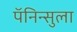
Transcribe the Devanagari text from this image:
पॅनिन्सुला